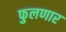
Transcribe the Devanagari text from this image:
फुलणार